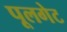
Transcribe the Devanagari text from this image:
पूलगेट